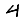
Digit: 4